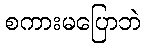
စကားမပြောဘဲ